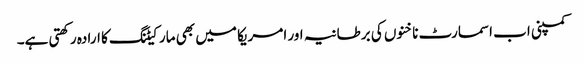
کمپنی اب اسمارٹ ناخنوں کی برطانیہ اور امریکا میں بھی مارکیٹنگ کا ارادہ رکھتی ہے۔